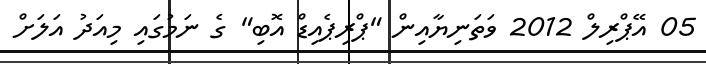
05 އޭޕްރިލް 2012 ވަތަނިޔާއިން "ޕްރިޕެއިޑް އޮބި" ގެ ނަމުގައި މިއަދު އަލަށް